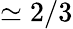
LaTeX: \simeq 2/3